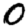
Digit: 0